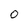
Character: 0